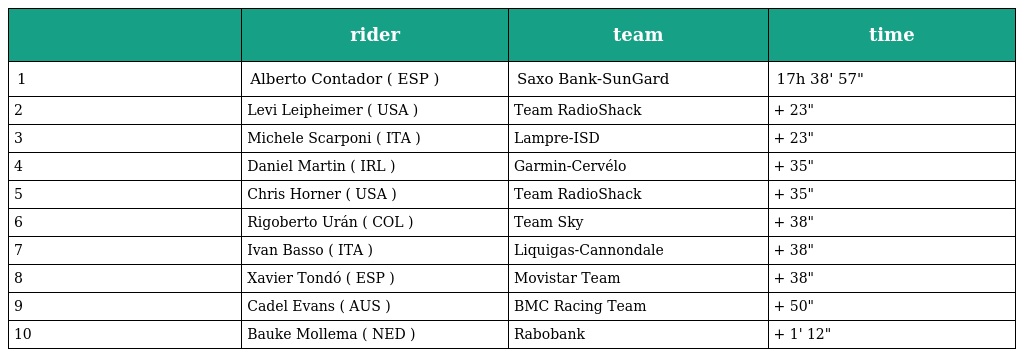
|  | rider | team | time |
 | --- | --- | --- | --- |
 | 1 | Alberto Contador ( ESP ) | Saxo Bank-SunGard | 17h 38' 57" |
 | 2 | Levi Leipheimer ( USA ) | Team RadioShack | + 23" |
 | 3 | Michele Scarponi ( ITA ) | Lampre-ISD | + 23" |
 | 4 | Daniel Martin ( IRL ) | Garmin-Cervélo | + 35" |
 | 5 | Chris Horner ( USA ) | Team RadioShack | + 35" |
 | 6 | Rigoberto Urán ( COL ) | Team Sky | + 38" |
 | 7 | Ivan Basso ( ITA ) | Liquigas-Cannondale | + 38" |
 | 8 | Xavier Tondó ( ESP ) | Movistar Team | + 38" |
 | 9 | Cadel Evans ( AUS ) | BMC Racing Team | + 50" |
 | 10 | Bauke Mollema ( NED ) | Rabobank | + 1' 12" |